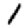
Digit: 1